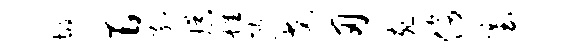
圾旨孤娱雄熙戈刃宛傍塞